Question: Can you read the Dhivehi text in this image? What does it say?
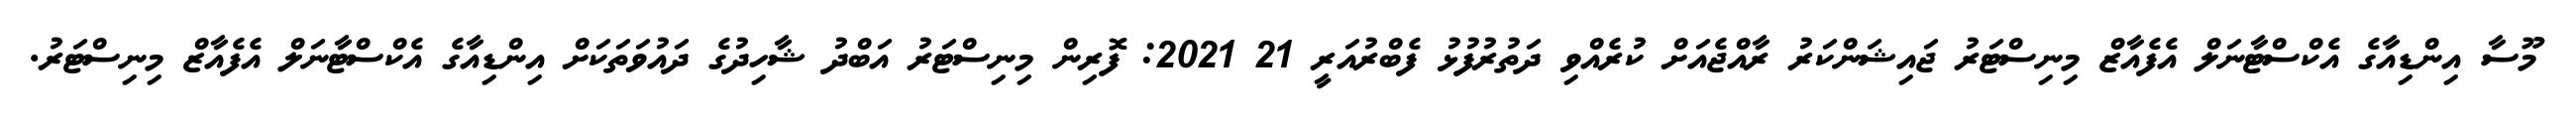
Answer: މޫސާ އިންޑިއާގެ އެކްސްޓާނަލް އެފެއާޒް މިނިސްޓަރު ޖައިޝަންކަރު ރާއްޖެއަށް ކުރެއްވި ދަތުރުފުޅު ފެބްރުއަރީ 21 2021: ފޮރިން މިނިސްޓަރު އަބްދު ޝާހިދުގެ ދައުވަތަކަށް އިންޑިއާގެ އެކްސްޓާނަލް އެފެއާޒް މިނިސްޓަރު.